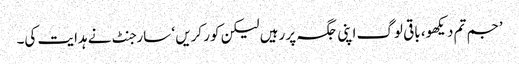
’جم تم دیکھو، باقی لوگ اپنی جگہ پر رہیں لیکن کور کریں ‘ سارجنٹ نے ہدایت کی۔